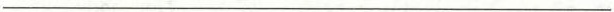
___